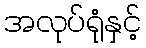
အလုပ်ရုံနှင့်